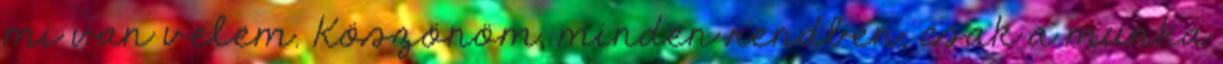
mi van velem. Köszönöm, minden rendben, csak a munka